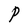
Character: P